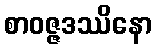
စာဝဇ္ဇဒဿိနော